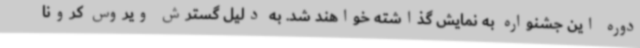
دوره این جشنواره به نمایش گذاشته خواهند شد. به دلیل گسترش ویروس کرونا